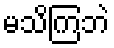
မသိကြဘဲ